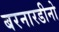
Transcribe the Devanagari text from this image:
बरनारडीनो